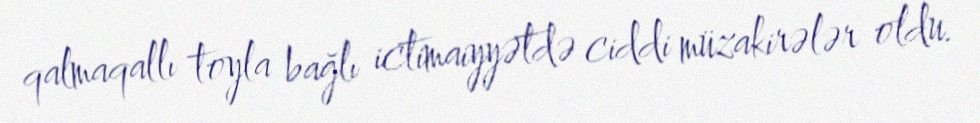
qalmaqallı toyla bağlı ictimaiyyətdə ciddi müzakirələr oldu.